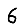
Digit: 6